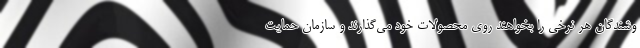
وشندگان هر نرخی را بخواهند روی محصولات خود می‌گذارند و سازمان حمایت